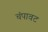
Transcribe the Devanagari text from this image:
चंपावट